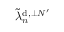
\widetilde { \lambda } _ { n } ^ { \mathrm { d } , \perp N ^ { \prime } }